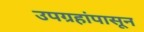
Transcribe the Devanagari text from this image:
उपग्रहांपासून